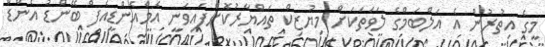
މީގެ އިތުރުން އެ އަލްބަމްގެ ލަވަތަކަށް މިޔުޒިކް ތައްޔާރުކޮށްފައިވަނީ އެމްއެންޑީއެފް ބޭންޑު އެންޑް